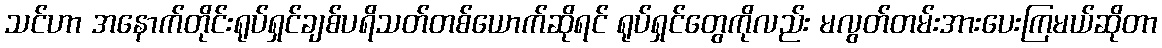
သင်ဟာ အနောက်တိုင်းရုပ်ရှင်ချစ်ပရိသတ်တစ်ယောက်ဆိုရင် ရုပ်ရှင်တွေကိုလည်း မလွတ်တမ်းအားပေးကြမယ်ဆိုတာ